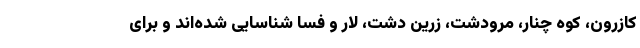
کازرون، کوه چنار، مرودشت، زرین دشت، لار و فسا شناسایی شده‌اند و برای